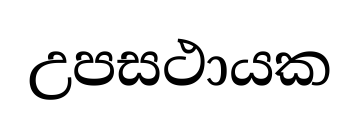
උපසථායක